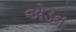
એડન